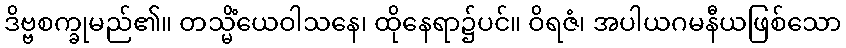
ဒိဗ္ဗစက္ခုမည်၏။ တသ္မိံယေဝါသနေ၊ ထိုနေရာ၌ပင်။ ဝိရဇံ၊ အပါယဂမနီယဖြစ်သော